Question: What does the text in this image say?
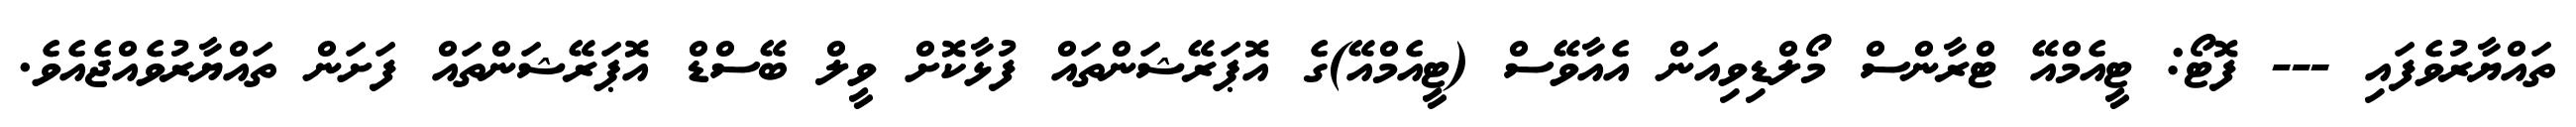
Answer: ތައްޔާރުވެފައި --- ފޮޓޯ: ޓީއެމްއޭ ޓްރާންސް މޯލްޑިވިއަން އެއާވޭސް (ޓީއެމްއޭ)ގެ އޮޕަރޭޝަންތައް ފުޅާކޮށް ވީލް ބޭސްޑް އޮޕަރޭޝަންތައް ފަށަން ތައްޔާރުވެއްޖެއެވެ.